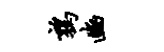
鹑豳